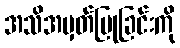
အသိအမှတ်ပြုခြင်းကို